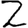
Digit: 2